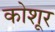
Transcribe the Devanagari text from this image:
कोशूर